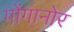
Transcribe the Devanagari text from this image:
गोंगानोर